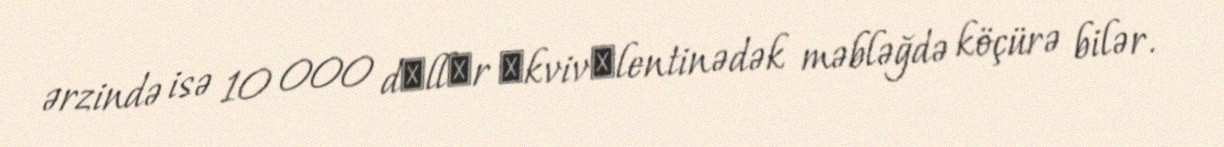
ərzində isə 10 000 dоllаr еkvivаlentinədək məbləğdə köçürə bilər.